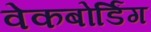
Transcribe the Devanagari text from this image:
वेकबोर्डिंग